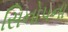
સિનોપના